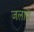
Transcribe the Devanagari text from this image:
जलायें